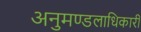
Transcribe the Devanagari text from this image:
अनुमण्डलाधिकारी